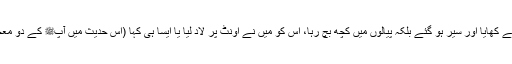
اور آپﷺ نے دو پیالوں میں گوشت نکالا، پھر ہم سب نے ان میں سے کھایا اور سیر ہو گئے بلکہ پیالوں میں کچھ بچ رہا، اس کو میں نے اونٹ پر لاد لیا یا ایسا ہی کہا (اس حدیث میں آپﷺ کے دو معجزے ہیں ایک تو کلیجی میں برکت اور دوسرے بکری میں برکت)۔